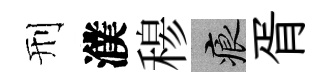
刑濮𥠇痕胥